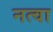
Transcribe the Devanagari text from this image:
नत्वा